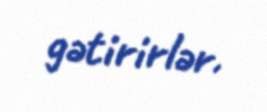
gətirirlər.